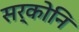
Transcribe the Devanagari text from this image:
सर्कोनि